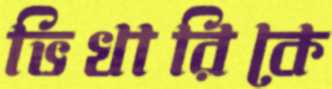
ভিখারিকে